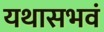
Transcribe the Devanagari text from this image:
यथासभवं